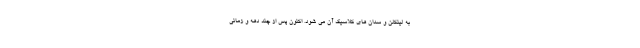
به لینکلن و سدان های کلاسیک آن می شود. اکنون پس از چند دهه و زمانی